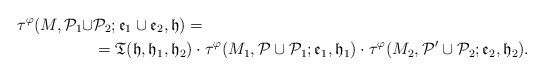
LaTeX: \begin{align*}\tau^{\varphi}(M,\mathcal{P}_1\cup &\mathcal{P}_2;\mathfrak{e}_1\cup\mathfrak{e}_2,\mathfrak{h})=\\&=\mathfrak{T}(\mathfrak{h},\mathfrak{h}_1,\mathfrak{h}_2)\cdot\tau^{\varphi}(M_1,\mathcal{P}\cup\mathcal{P}_1;\mathfrak{e}_1,\mathfrak{h}_1)\cdot\tau^{\varphi}(M_2,\mathcal{P}'\cup\mathcal{P}_2;\mathfrak{e}_2,\mathfrak{h}_2).\end{align*}